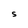
Character: S